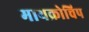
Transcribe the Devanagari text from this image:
मायक्रोचिप